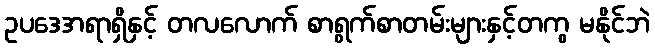
ဥပဒေအရာရှိနှင့် တလလောက် စာရွက်စာတမ်းများနှင့်တကွ မနိုင်ဘဲ